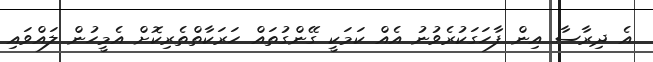
އެ ދިރާސާ އިން ފާހަގަކުރެވުނު އެއް ކަމަކީ ގޭންގުތައް ހަރަކާތްތެރިކޮށް އެމީހުން ލައްވައި